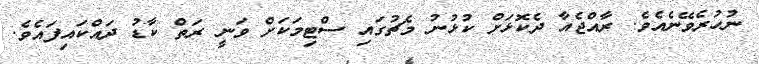
ނުހުރެވޭނެއެވެ. ރާއްޖެއާ ދެކޮޅަށް ކުޅުނު މެޗުގައި ސްޓިމަކަށް ވަނީ ރަތް ކާޑު ދައްކައިފައެވެ.